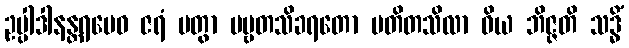
ဥပ္ပါဒါနန္တရမေဝ ဇရံ ပတွာ ပဗ္ဗတသိခရတော ပတိတသိလာ ဝိယ ဘိဇ္ဇတိ သဒ္ဓိံ